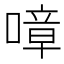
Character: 𠼀